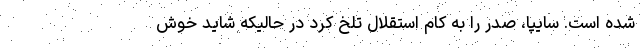
شده است. سایپا، صدر را به کام استقلال تلخ کرد در حالیکه شاید خوش‌